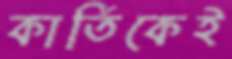
কার্তিকেই